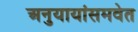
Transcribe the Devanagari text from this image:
अनुयायांसमवेत